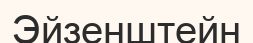
Эйзенштейн